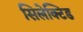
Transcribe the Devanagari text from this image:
सिलेक्टिड